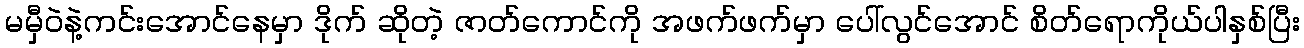
မမှီဝဲနဲ့ကင်းအောင်နေမှာ ဒိုက် ဆိုတဲ့ ဇာတ်ကောင်ကို အဖက်ဖက်မှာ ပေါ်လွင်အောင် စိတ်ရောကိုယ်ပါနှစ်ပြီး